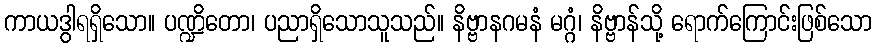
ကာယဒွါရရှိသော။ ပဏ္ဍိတော၊ ပညာရှိသောသူသည်။ နိဗ္ဗာနဂမနံ မဂ္ဂံ၊ နိဗ္ဗာန်သို့ ရောက်ကြောင်းဖြစ်သော